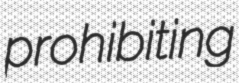
prohibiting